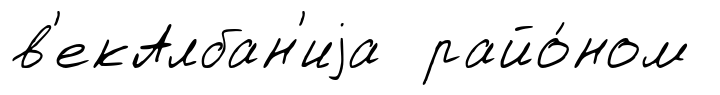
в'екАлбан'иjа райо́ном